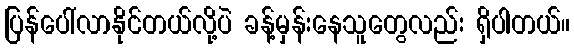
ပြန်ပေါ်လာနိုင်တယ်လို့ပဲ ခန့်မှန်းနေသူတွေလည်း ရှိပါတယ်။